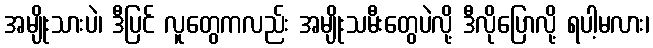
အမျိုးသားပဲ၊ ဒီပြင် လူတွေကလည်း အမျိုးသမီးတွေပဲလို့ ဒီလိုပြောလို့ ရပါ့မလား၊